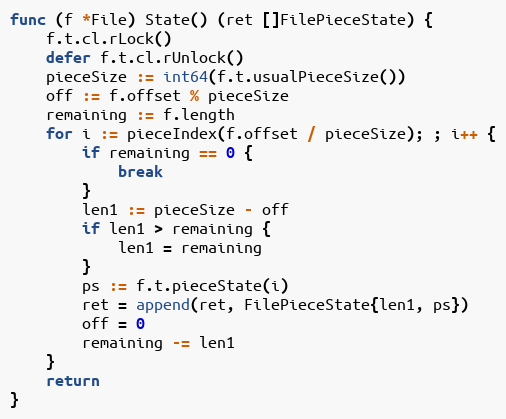
Language: Go
func (f *File) State() (ret []FilePieceState) {
	f.t.cl.rLock()
	defer f.t.cl.rUnlock()
	pieceSize := int64(f.t.usualPieceSize())
	off := f.offset % pieceSize
	remaining := f.length
	for i := pieceIndex(f.offset / pieceSize); ; i++ {
		if remaining == 0 {
			break
		}
		len1 := pieceSize - off
		if len1 > remaining {
			len1 = remaining
		}
		ps := f.t.pieceState(i)
		ret = append(ret, FilePieceState{len1, ps})
		off = 0
		remaining -= len1
	}
	return
}